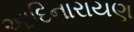
આદિનારાયણ